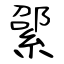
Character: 綤